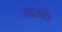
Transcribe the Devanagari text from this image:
लाज़रो